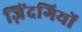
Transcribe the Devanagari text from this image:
ज़िंदगियों